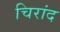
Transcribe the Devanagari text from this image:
चिरांद